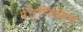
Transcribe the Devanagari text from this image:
पोर्णिमेसच